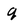
Character: q